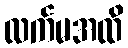
လက်မအထိ